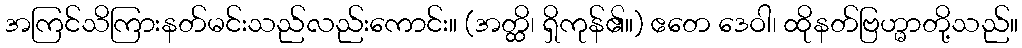
အကြင်သိကြားနတ်မင်းသည်လည်းကောင်း။ (အတ္ထိ၊ ရှိကုန်၏။) ဧတေ ဒေဝါ၊ ထိုနတ်ဗြဟ္မာတို့သည်။